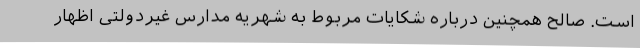
است. صالح همچنین درباره شکایات مربوط به شهریه مدارس غیردولتی اظهار